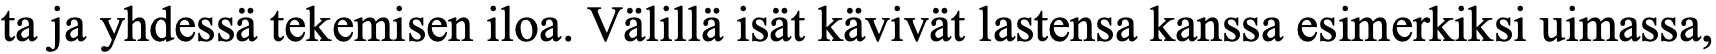
ta ja yhdessä tekemisen iloa. Välillä isät kävivät lastensa kanssa esimerkiksi uimassa,